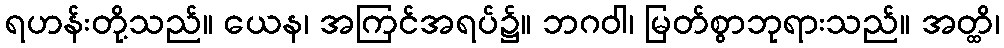
ရဟန်းတို့သည်။ ယေန၊ အကြင်အရပ်၌။ ဘဂဝါ၊ မြတ်စွာဘုရားသည်။ အတ္ထိ၊